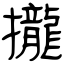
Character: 攏